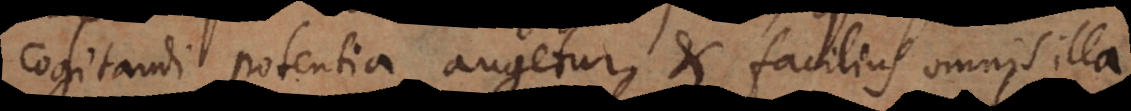
cogitandi potentia augetur et facilius omnis illa